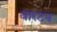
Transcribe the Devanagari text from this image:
वारटन